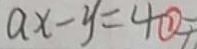
a x - y = 4 \textcircled { 1 }